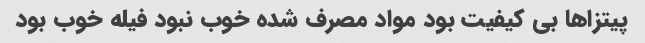
پیتزاها بی کیفیت بود مواد مصرف شده خوب نبود فیله خوب بود